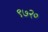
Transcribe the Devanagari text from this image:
९७२०